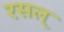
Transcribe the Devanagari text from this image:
रसल्